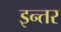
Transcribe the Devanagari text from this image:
इन्तर